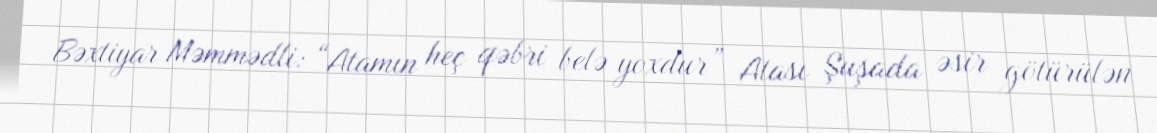
Bəxtiyar Məmmədli: “Atamın heç qəbri belə yoxdur” Atası Şuşada əsir götürülən